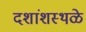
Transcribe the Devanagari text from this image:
दशांशस्थळे